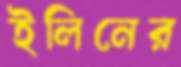
ইলিনের